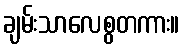
ချမ်းသာလေစွတကား။